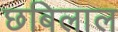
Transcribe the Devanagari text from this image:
छबिलाल